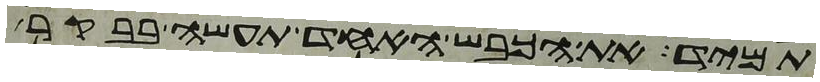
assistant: תמיד את הכבש האחד תעשה בבקר